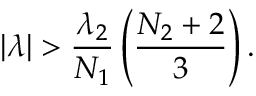
| \lambda | > \frac { \lambda _ { 2 } } { N _ { 1 } } \left( \frac { N _ { 2 } + 2 } { 3 } \right) .